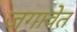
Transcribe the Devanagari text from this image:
जगावेत